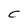
Character: C